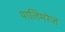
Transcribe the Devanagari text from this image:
पालिमरेज़